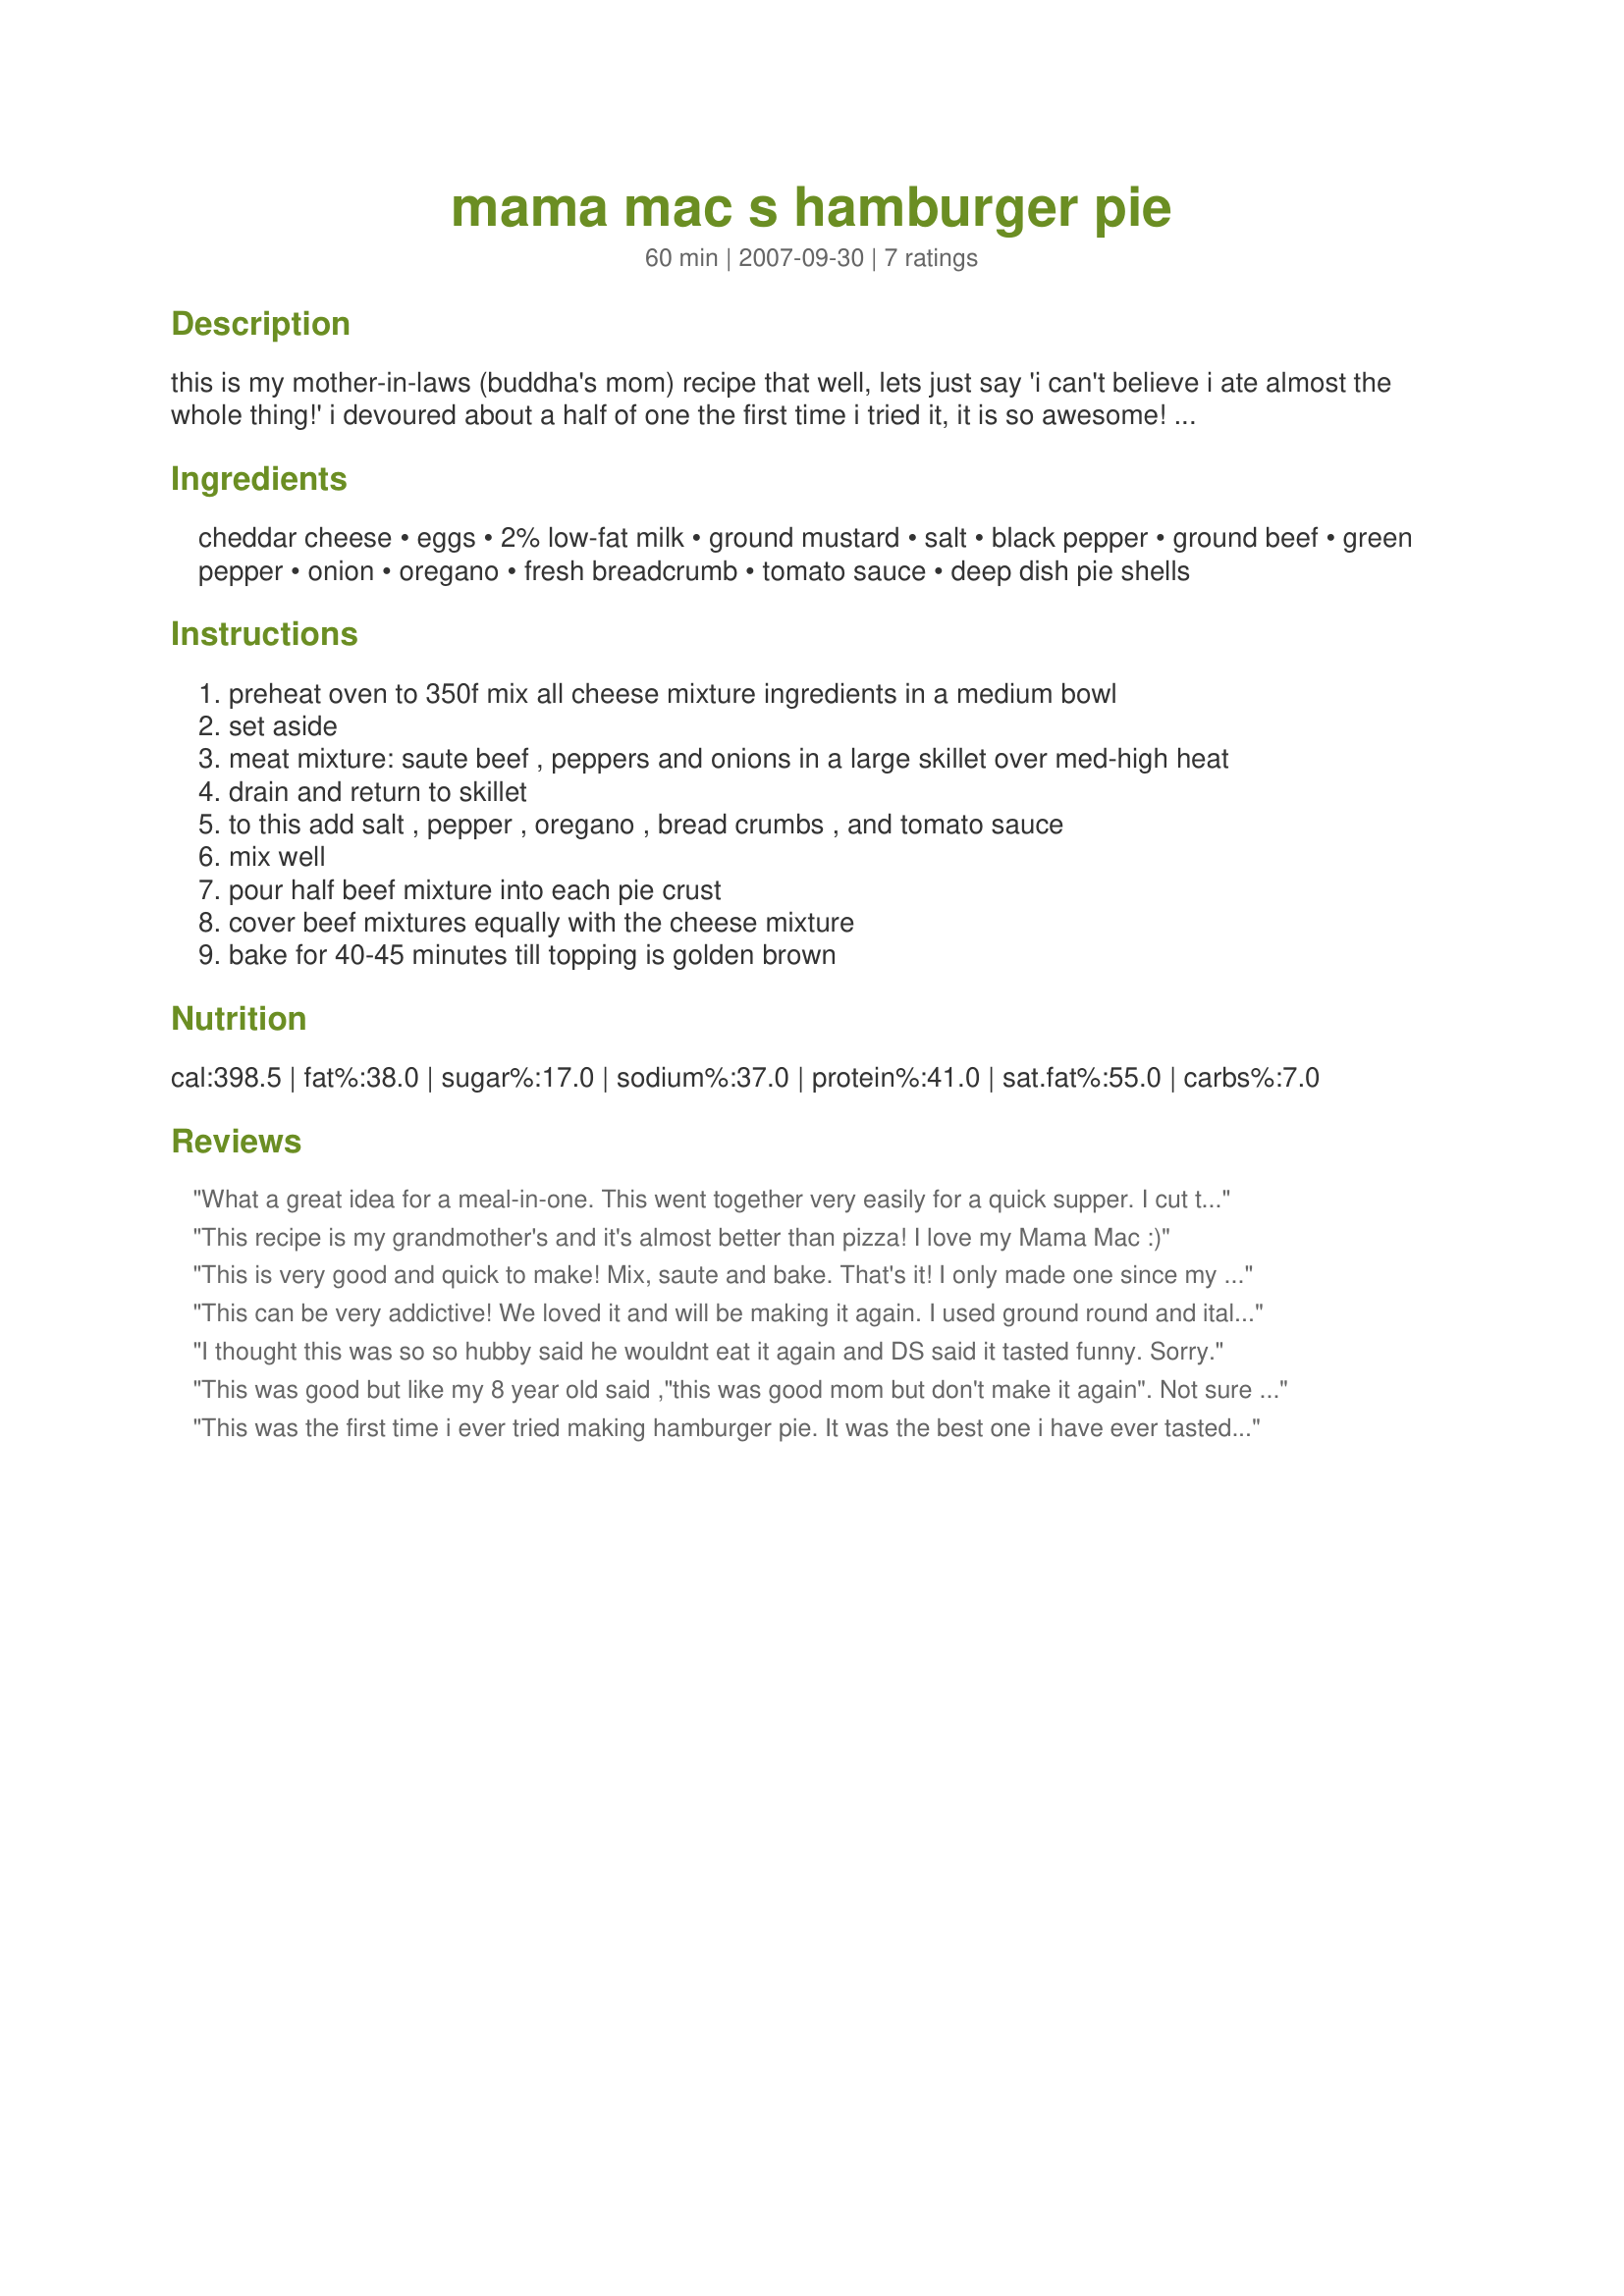
mama mac s hamburger pie
Preparation time: 60 minutes

this is my mother-in-laws (buddha's mom) recipe that well, lets just say 'i can't believe i ate almost the whole thing!' i devoured about a half of one the first time i tried it, it is so awesome! buddha's mama is kind enough to allow me to post it here for all the world to 'make her famous' thank you momma mac, we love you!

Ingredients:
cheddar cheese, eggs, 2% low-fat milk, ground mustard, salt, black pepper, ground beef, green pepper, onion, oregano, fresh breadcrumb, tomato sauce, deep dish pie shells

Steps:
preheat oven to 350f mix all cheese mixture ingredients in a medium bowl
set aside
meat mixture: saute beef , peppers and onions in a large skillet over med-high heat
drain and return to skillet
to this add salt , pepper , oregano , bread crumbs , and tomato sauce
mix well
pour half beef mixture into each pie crust
cover beef mixtures equally with the cheese mixture
bake for 40-45 minutes till topping is golden brown

Reviews:
What a great idea for a meal-in-one. This went together very easily for a quick supper. I cut the recipe in 1/2 and made only one pie as I was serving two. The only thing I omitted was the greenpepper. My breadcrumbs that I make home-made already were seasoned with S&P, basil and oregano and so I left those ingredients out of my meat mix. Great flavor!
Made for PRMR~
This recipe is my grandmother's and it's almost better than pizza! I love my Mama Mac :)
This is very good and quick to make! Mix, saute and bake. That's it! I only made one since my pie shell's so huge and used half of the oregano since I ran out of it. Even DH liked it. I can eat more than a serving here. Thank you, 2Bleu!
This can be very addictive! We loved it and will be making it again. I used ground round and italian bread crumbs with refrigerated pie crust. Instead of making two pies I used one pound of ground round with the remaining ingrredients and covered with the second pie crust. The cheese mixture melted nicely and was wonderful on top the meat mixture. This would be great for a family dinner or potluck. Thank you 2Bleu for sharing your mother in laws recipe.
I thought this was so so hubby said he wouldnt eat it again and DS said it tasted funny. Sorry.
This was good but like my 8 year old said ,"this was good mom but don't make it again". Not sure what it was but it just wasn't something we would enjoy on a regular basis. There is nothing wrong with this, just not our favorite. Made the recipe as directed.
This was the first time i ever tried making hamburger pie. It was the best one i have ever tasted. I wish i could give it more than 5 stars.
